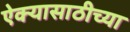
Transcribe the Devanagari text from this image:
ऐक्यासाठीच्या